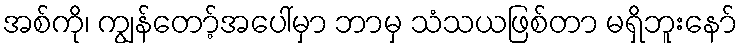
အစ်ကို၊ ကျွန်တော့်အပေါ်မှာ ဘာမှ သံသယဖြစ်တာ မရှိဘူးနော်